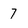
Character: 7